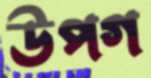
উপগ